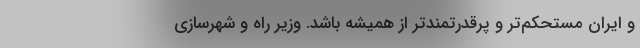
و ایران مستحکم‌تر و پرقدرتمندتر از همیشه باشد. وزیر راه و شهرسازی